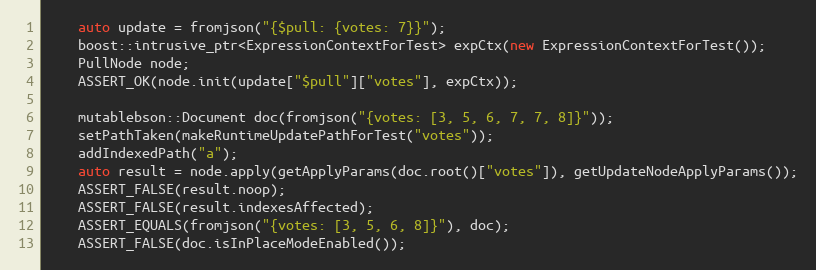
Language: C++
    auto update = fromjson("{$pull: {votes: 7}}");
    boost::intrusive_ptr<ExpressionContextForTest> expCtx(new ExpressionContextForTest());
    PullNode node;
    ASSERT_OK(node.init(update["$pull"]["votes"], expCtx));

    mutablebson::Document doc(fromjson("{votes: [3, 5, 6, 7, 7, 8]}"));
    setPathTaken(makeRuntimeUpdatePathForTest("votes"));
    addIndexedPath("a");
    auto result = node.apply(getApplyParams(doc.root()["votes"]), getUpdateNodeApplyParams());
    ASSERT_FALSE(result.noop);
    ASSERT_FALSE(result.indexesAffected);
    ASSERT_EQUALS(fromjson("{votes: [3, 5, 6, 8]}"), doc);
    ASSERT_FALSE(doc.isInPlaceModeEnabled());